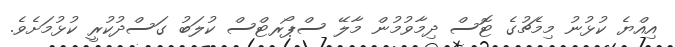
އިއްޔެ ކުޅުނު މިމެޗުގެ ޓޮސް ދިމާވުމުން މާލޭ ސްޕޯރޓްސް ކުލަބު ގަސްދުކުރީ ކުޅުމަށެވެ.